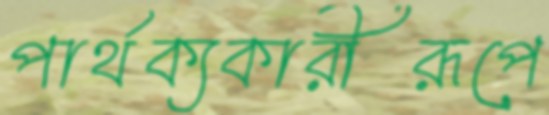
পার্থক্যকারীরূপে